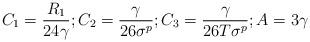
LaTeX: \begin{align*}C_{1}=\frac{R_{1}}{24\gamma};C_{2}=\frac{\gamma}{26\sigma^{p}};C_{3}=\frac{\gamma}{26T\sigma^{p}};A=3\gamma\end{align*}